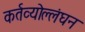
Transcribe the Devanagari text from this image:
कर्तव्योल्लंघन